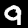
Digit: 9